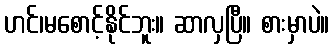
ဟင်၊မစောင့်နိုင်ဘူး။ ဆာလှပြီ။ စားမှာပဲ။